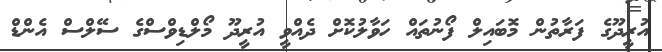
އުރީދޫގެ ފަރާތުން މޮބައިލް ފޯނުތައް ހަވާލުކޮށް ދެއްވީ އުރީދޫ މޯލްޑިވްސްގެ ސޭލްސް އެންޑް